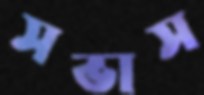
সভাস